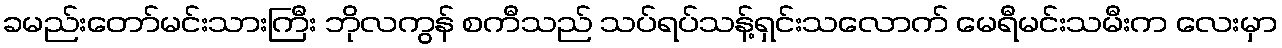
ခမည်းတော်မင်းသားကြီး ဘိုလကွန် စကီသည် သပ်ရပ်သန့်ရှင်းသလောက် မေရီမင်းသမီးက လေးမှာ